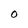
Character: O